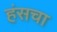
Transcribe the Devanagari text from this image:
हंसचा